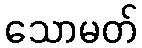
သောမတ်